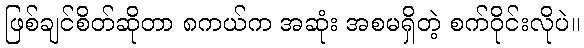
ဖြစ်ချင်စိတ်ဆိုတာ ၈ကယ်က အဆုံး အစမရှိတဲ့ စက်ဝိုင်းလိုပဲ။